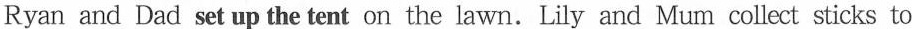
Ryan and Dad set up the tent on the lawn. Lily and Mum collect sticks to